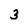
Character: 3